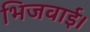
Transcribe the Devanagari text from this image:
भिजवाई।